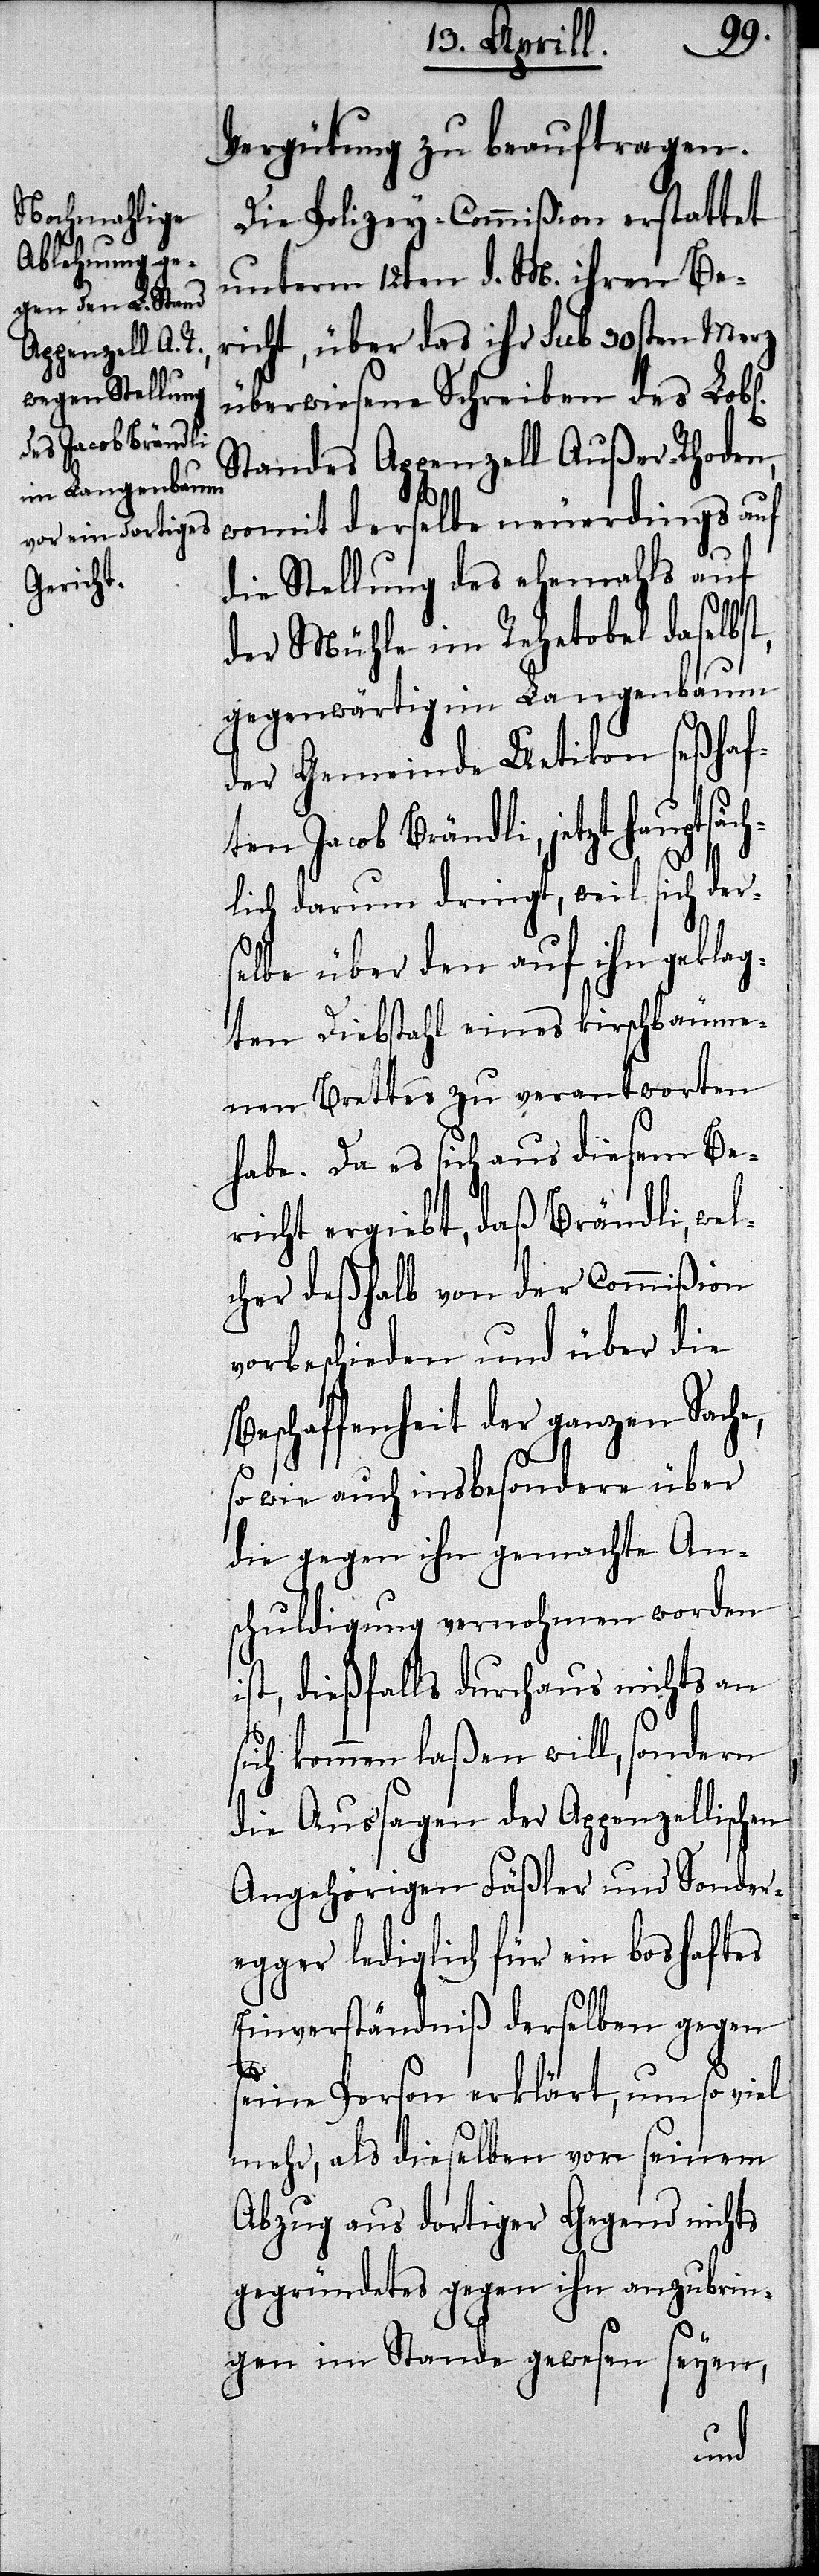
Vergütung zu beauftragen.
Die Polizey-Commißion erstattet
unterm 12ten d. M. ihren Be¬
richt, über das ihr sub 30sten Merz
überwiesene Schreiben des Lob¬
Standes Appenzell Außer-Rhoden,
womit derselbe neuerdings auf
die Stellung des ehemahls auf
s¬
der Mühle im Rehetobel daselbs¬
gegenwärtig im Langenbaum
der Gemeinde Uetikon seßhaf¬
ten Jacob Brändli, jetzt hauptsäch¬
lich darum dringt, weil sich ders¬
elbe über den auf ihn geklag¬
ten Diebstahl eines kirschbäume¬
nen Brettes zu verantworten
habe. Da es sich aus diesem Be¬
richt ergiebt, daß Brändli, wel¬
cher deßhalb von der Commißion
vorbeschieden und über die
Beschaffenheit der ganzen Sache,
so wie auch insbesondere über
die gegen ihn gemachte An¬
schuldigungen vernohmen worden
ist, dießfalls durchaus nichts an
ich kommen laßen will, sondern
die Aussagen der Appenzellischen
Angehörigen Fäßler und Sonder¬
egger lediglich für ein boshaftes
Einverständniß derselben gegen
seine Person erklärt, um so viel
mehr, als dieselben vor seinem
Abzug aus dortiger Gegend nichts
gegründetes gegen ihn anzubrin¬
gen im Stande gewesen seyen,
n].